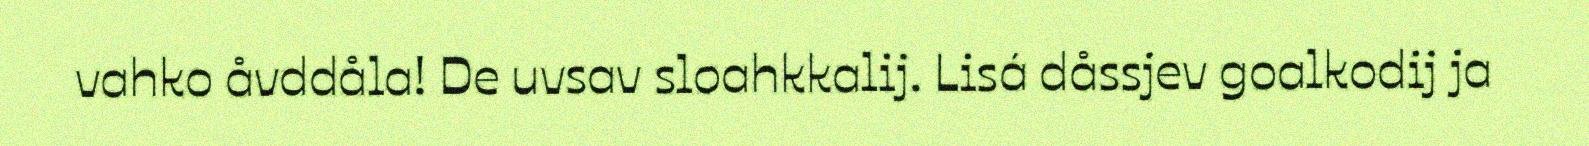
vahko åvddåla! De uvsav sloahkkalij. Lisá dåssjev goalkodij ja